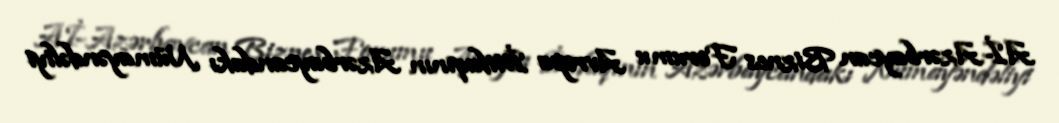
Aİ-Azərbaycan Biznes Forumu Avropa İttifaqının Azərbaycandakı Nümayəndəliyi